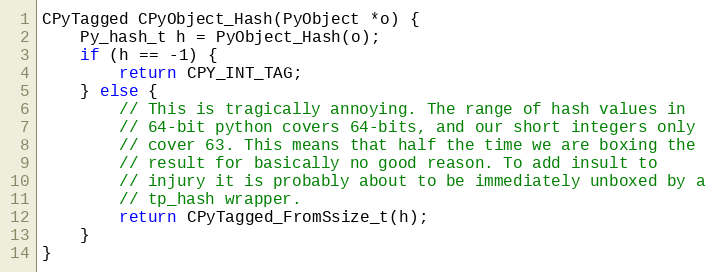
Language: C
CPyTagged CPyObject_Hash(PyObject *o) {
    Py_hash_t h = PyObject_Hash(o);
    if (h == -1) {
        return CPY_INT_TAG;
    } else {
        // This is tragically annoying. The range of hash values in
        // 64-bit python covers 64-bits, and our short integers only
        // cover 63. This means that half the time we are boxing the
        // result for basically no good reason. To add insult to
        // injury it is probably about to be immediately unboxed by a
        // tp_hash wrapper.
        return CPyTagged_FromSsize_t(h);
    }
}